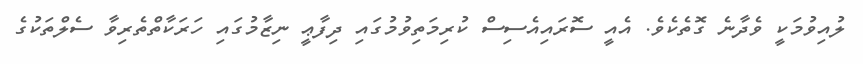
ލުއިވުމަކީ ވެދާނެ ގޮތެކެވެ. އެއީ ސޮރައިއެސިސް ކުރިމަތިވުމުގައި ދިފާޢީ ނިޒާމުގައި ހަރަކާތްތެރިވާ ސެލްތަކުގެ